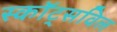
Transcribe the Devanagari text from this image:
स्कॉट्सविल